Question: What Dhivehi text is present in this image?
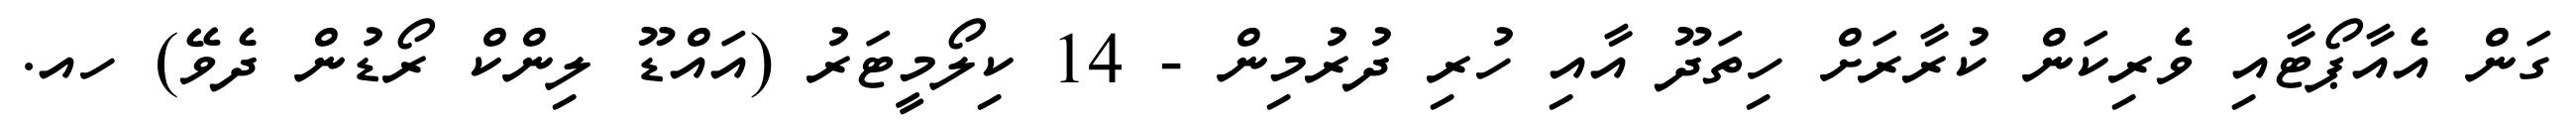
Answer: ގަން އެއާޕޯޓާއި ވެރިކަން ކުރާރަށް ހިތަދޫ އާއި ހުރި ދުރުމިން - 14 ކިލޯމީޓަރު (އައްޑޫ ލިންކް ރޯޑުން ދެވޭ) ހއ.